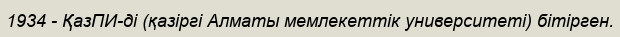
1934 - ҚазПИ-ді (қазіргі Алматы мемлекеттік университеті) бітірген.